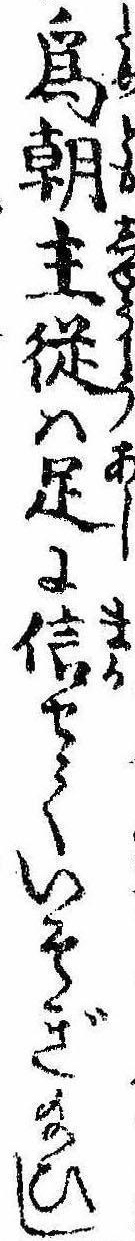
為朝主従は足に信せていそぎ給ひし